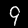
Digit: 9